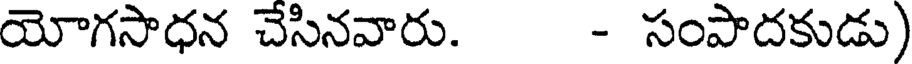
యోగసాధన చేసినవారు. - సంపాదకుడు)